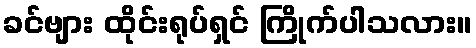
ခင်ဗျား ထိုင်းရုပ်ရှင် ကြိုက်ပါသလား။